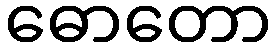
ဓောတော